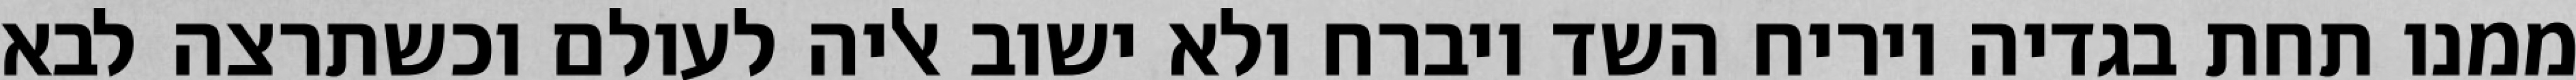
ממנו תחת בגדיה ויריח השד ויברח ולא ישוב אליה לעולם וכשתרצה לבא